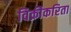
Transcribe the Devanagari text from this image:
विक्रीकरिता